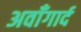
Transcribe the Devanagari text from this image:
अवाँगार्द